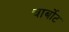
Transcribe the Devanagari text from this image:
चार्बोट